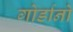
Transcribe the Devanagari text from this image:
गोर्डानो